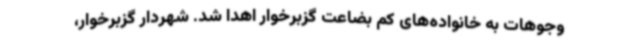
وجوهات به خانواده‌های کم بضاعت گزبرخوار اهدا شد. شهردار گزبرخوار،